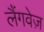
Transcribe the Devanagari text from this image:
लैंगवेज़